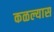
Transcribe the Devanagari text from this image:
कळल्यास